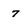
Character: 7